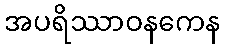
အပရိဿာဝနကေန